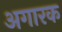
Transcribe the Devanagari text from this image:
अगारक